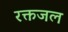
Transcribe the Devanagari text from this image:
रक्तजल